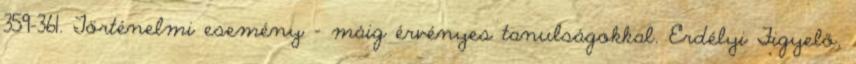
359-361. Történelmi esemény – máig érvényes tanulságokkal. Erdélyi Figyelő.